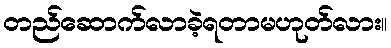
တည်ဆောက်လာခဲ့ရတာမဟုတ်လား။